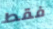
فقط